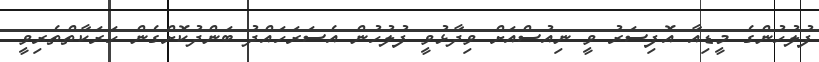
ފުލުހުންގެ މީޑިއާ އޮފިސަރު ވީ ނިއުސްއަށް ވިދާޅުވީ ފުލުހުން އެސަރަހައްދު ބަންދުކޮށްގެން ހަރަކާތްތެރިވީ